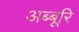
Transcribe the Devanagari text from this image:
अब्बूरि